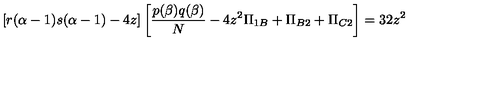
[ r ( \alpha - 1 ) s ( \alpha - 1 ) - 4 z ] \left[ \frac { p ( \beta ) q ( \beta ) } { N } - 4 z ^ { 2 } \Pi _ { 1 B } + \Pi _ { B 2 } + \Pi _ { C 2 } \right] = 3 2 z ^ { 2 }